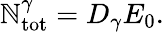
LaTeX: \mathbb{N}_{\mathrm{{tot}}}^{\gamma}=D_{\gamma}E_{0}.